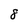
Character: 8